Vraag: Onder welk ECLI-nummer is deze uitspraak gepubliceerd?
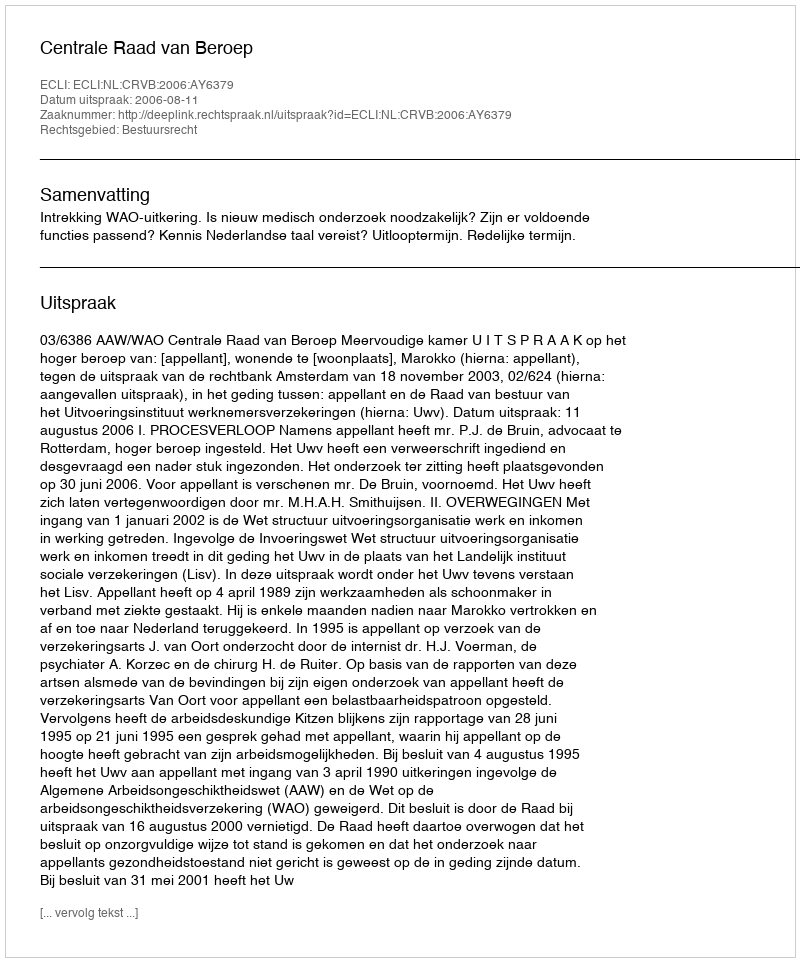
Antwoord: ECLI:NL:CRVB:2006:AY6379